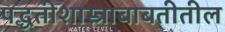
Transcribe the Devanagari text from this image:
पद्धतीशास्त्राबाबतीतील